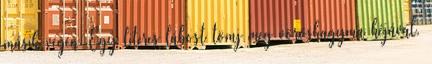
másik végén. Egy literes lábost tömj meg vöröshagyma héjával,